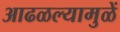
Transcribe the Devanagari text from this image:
आढळल्यामुळें